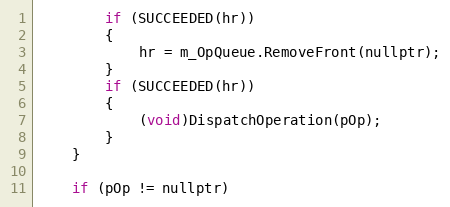
Language: C
        if (SUCCEEDED(hr))
        {
            hr = m_OpQueue.RemoveFront(nullptr);
        }
        if (SUCCEEDED(hr))
        {
            (void)DispatchOperation(pOp);
        }
    }

    if (pOp != nullptr)